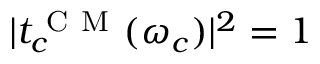
| t _ { c } ^ { \mathrm { ~ C ~ M ~ } } ( \omega _ { c } ) | ^ { 2 } = 1